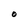
Character: O